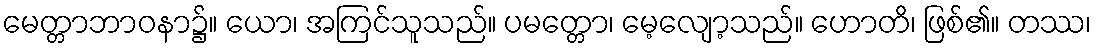
မေတ္တာဘာဝနာ၌။ ယော၊ အကြင်သူသည်။ ပမတ္တော၊ မေ့လျော့သည်။ ဟောတိ၊ ဖြစ်၏။ တဿ၊